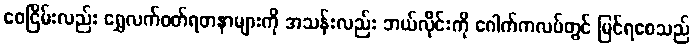
ဝေငြိမ်းလည်း ရွှေလက်ဝတ်ရတနာများကို အသန်းလည်း ဘယ်လိုင်းကို ဂေါက်ကလပ်တွင် မြင်ရစေသည်